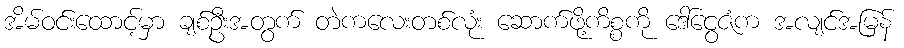
အိမ်ဝင်းထောင့်မှာ ချစ်ဦးအတွက် တဲကလေးတစ်လုံး ဆောက်ဖို့ကိစ္စကို ဒေါ်ငွေဇံက အလျင်အမြန်